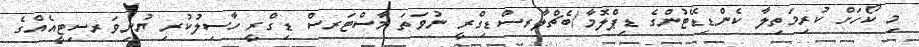
މި ކޯހަށް ކުރިމަތިލާ ކެންޑިޑޭޓުންގެ ޑިޕްލޮމާ/ބެޗްލާރސްޑިގްރީ ނުވަތަ މާސްޓަރސް ޑިގްރީ ހާސިލުކުރި ޔުނިވަރސިޓީއެއްގެ